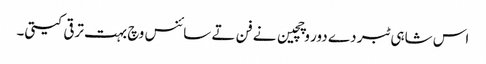
اس شاہی ٹبر دے دور وچچین نے فن تے سائنس وچ بہت ترقی کیتی۔